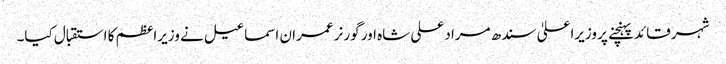
شہر قائد پہنچنے پر وزیراعلیٰ سندھ مراد علی شاہ اور گورنر عمران اسماعیل نے وزیراعظم کا استقبال کیا۔